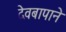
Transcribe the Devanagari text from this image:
देवबापाने